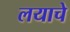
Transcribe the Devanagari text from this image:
लयाचे